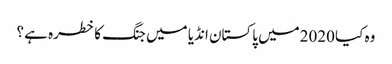
وہ کیا 2020میں پاکستان انڈیا میں جنگ کا خطرہ ہے ؟